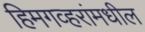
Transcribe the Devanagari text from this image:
हिमगव्हरांमधील